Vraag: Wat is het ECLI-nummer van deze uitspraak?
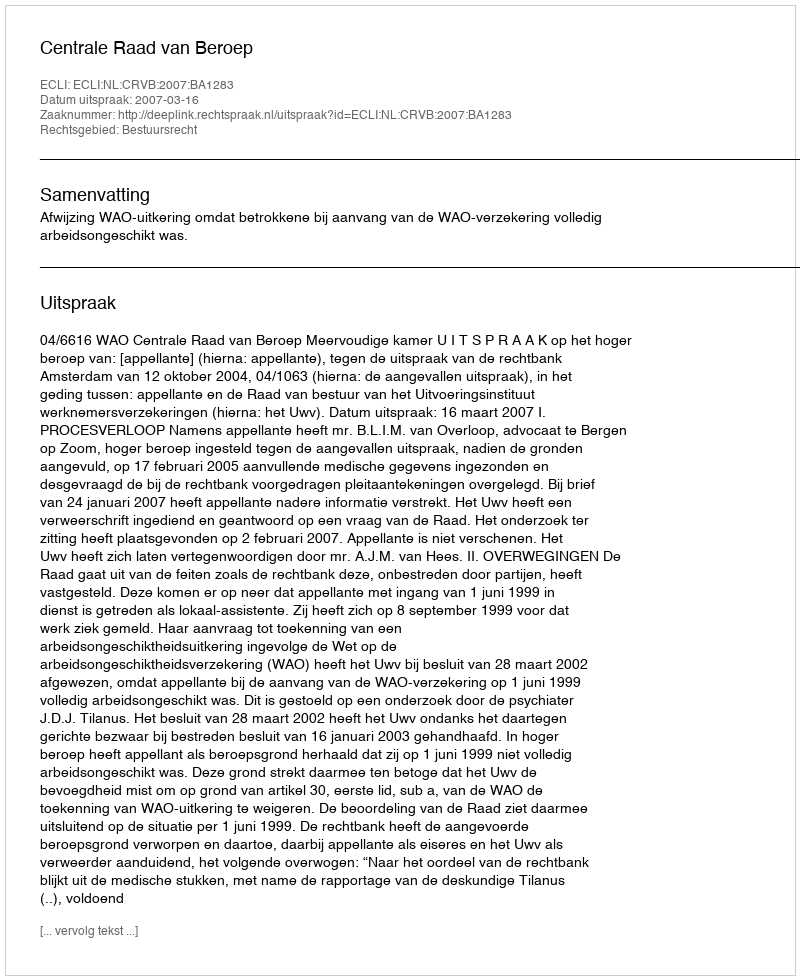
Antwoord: ECLI:NL:CRVB:2007:BA1283